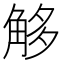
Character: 𧣣